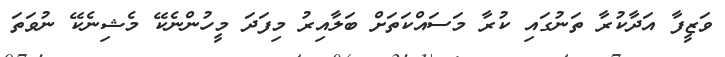
ވަޒީފާ އަދާކުރާ ތަނުގައި ކުރާ މަސައްކަތަށް ބަލާއިރު މިފަދަ މީހުންނެކޭ މެޝިނެކޭ ނުވަތަ